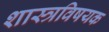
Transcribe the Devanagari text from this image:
शास्त्रविषयक